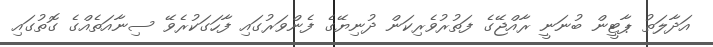
އަދާލަތު ޕާޓީން ބުނަނީ ރާއްޖޭގެ ފަތުރުވެރިކަން ދުނިޔޭގެ ފެންވަރުގައި ފާހަގަކުރެވޭ ސިނާއަތެއްގެ ގޮތުގައި